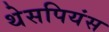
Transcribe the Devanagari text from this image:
थेसपियंस